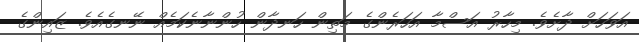
އަވަހަށް ދާށެވެ. މިހާރު އަސްމާ އަހަރެންގެ މަތިން ހަނދާން ހުންނާނެކަމެއް ނޭނގެއެވެ. ޒައިންގެ